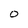
Character: 0